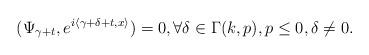
LaTeX: \begin{align*}(\Psi_{\gamma+t},e^{i\left\langle \gamma+\delta+t,x\right\rangle })=0,\text{}\forall\delta\in\Gamma(k,p),p\leq0,\delta\neq0.\end{align*}